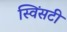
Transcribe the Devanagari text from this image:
स्विंसटी